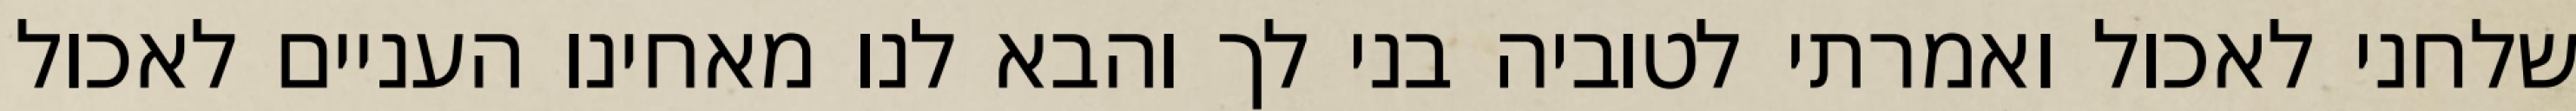
שלחני לאכול ואמרתי לטוביה בני לך והבא לנו מאחינו העניים לאכול